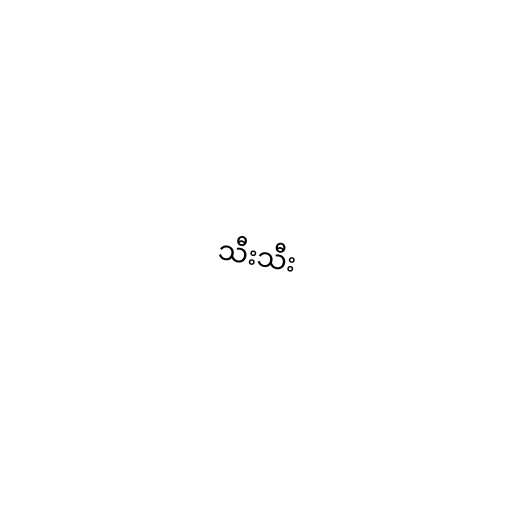
သီးသီး